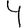
Digit: 4